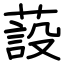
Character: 蔎